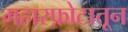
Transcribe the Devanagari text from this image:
महास्फ़ोटातून